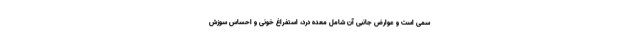
سمی است و عوارض جانبی آن شامل معده درد، استفراغ خونی و احساس سوزش